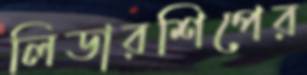
লিডারশিপের